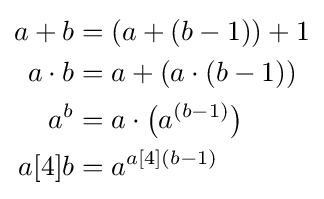
{\begin{aligned}a+b&=(a+(b-1))+1\\a\cdot b&=a+(a\cdot (b-1))\\a^{b}&=a\cdot {\bigl (}a^{(b-1)}{\bigr )}\\a[4]b&=a^{a[4](b-1)}\end{aligned}}